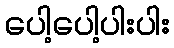
ပေါ့ပေါ့ပါးပါး